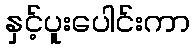
နှင့်ပူးပေါင်းကာ